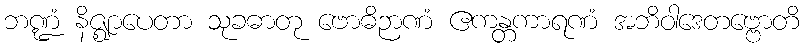
ဘဏ္ဍံ နိဇ္ဈာပေတာ သုခဓာတု ဗောဓိဉာဏံ ဧကန္တကာရဏံ အဘိဝါဒေတဗ္ဗောတိ